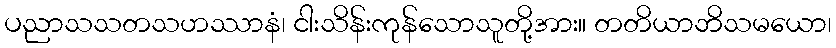
ပညာသသတသဟဿာနံ၊ ငါးသိန်းကုန်သောသူတို့အား။ တတိယာဘိသမယော၊